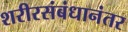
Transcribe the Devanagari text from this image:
शरीरसंबंधानंतर